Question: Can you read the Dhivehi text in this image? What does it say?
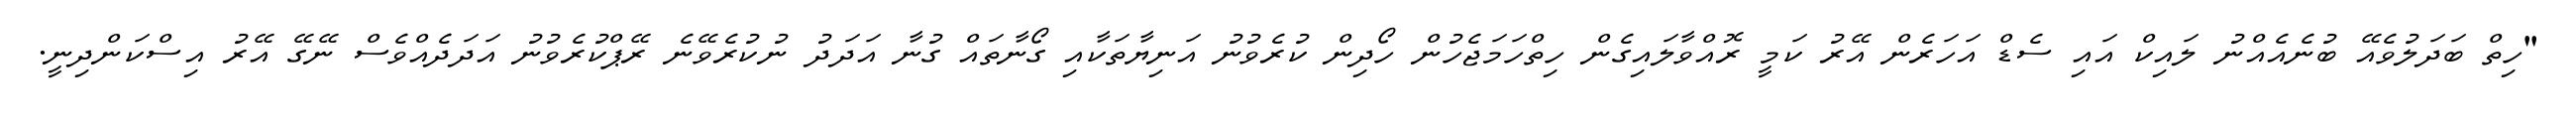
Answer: "ހިތް ބަދަލުވެއޭ ބުނެއެއްނު ލައިކް އައި ސެޑް އަހަރެން އޭރު ކަމީ ރޮއްވާލައިގެން ހިތްހަމަޖެހުން ހޯދިން ކުރެވުނު އަނިޔާތަކާއި ގޯނާތައް ގުނާ އަދަދު ނުކުރެވޭނެ ރޭޕްކުރެވުނު އަދަދެއްވެސް ނޭގޭ އޭރު އިސްކަންދިނީ.